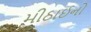
મીઠાઈનો